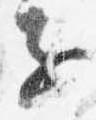
子